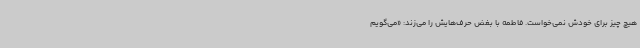
هیچ چیز برای خودش نمی‌خواست. فاطمه با بغض حرف‌هایش را می‌زند: «می‌گویم